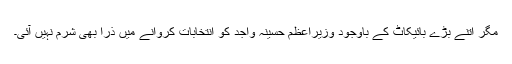
مگر اتنے بڑے بائیکاٹ کے باوجود وزیراعظم حسینہ واجد کو انتخابات کروانے میں ذرا بھی شرم نہیں آئی۔